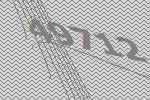
49712